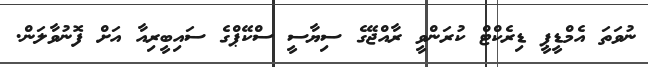
ނުވަތަ އެމްޑީޕީ ޑިރެކްޓް ކުރަންވީ ރާއްޖޭގެ ސިޔާސީ ސްކޭޕްގެ ސައިބީރިއާ އަށް ފޮނުވާލަން.